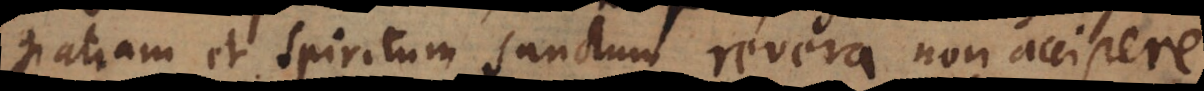
gratiam et Spiritum Sanctum revera non accipere